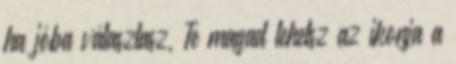
ha jóba választasz, Te magad lehetsz az ikonja a